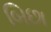
બિછા